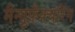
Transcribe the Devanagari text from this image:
मैन्युफ़ैक्चरिंग